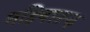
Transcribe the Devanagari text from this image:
महिषारूढ़